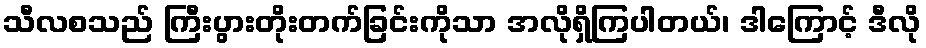
သီလစသည် ကြီးပွားတိုးတက်ခြင်းကိုသာ အလိုရှိကြပါတယ်၊ ဒါကြောင့် ဒီလို